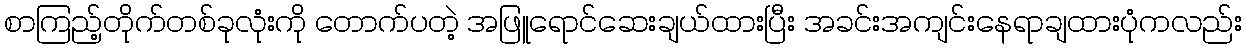
စာကြည့်တိုက်တစ်ခုလုံးကို တောက်ပတဲ့ အဖြူရောင်ဆေးချယ်ထားပြီး အခင်းအကျင်းနေရာချထားပုံကလည်း